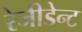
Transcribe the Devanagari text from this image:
रेजीडेन्ट